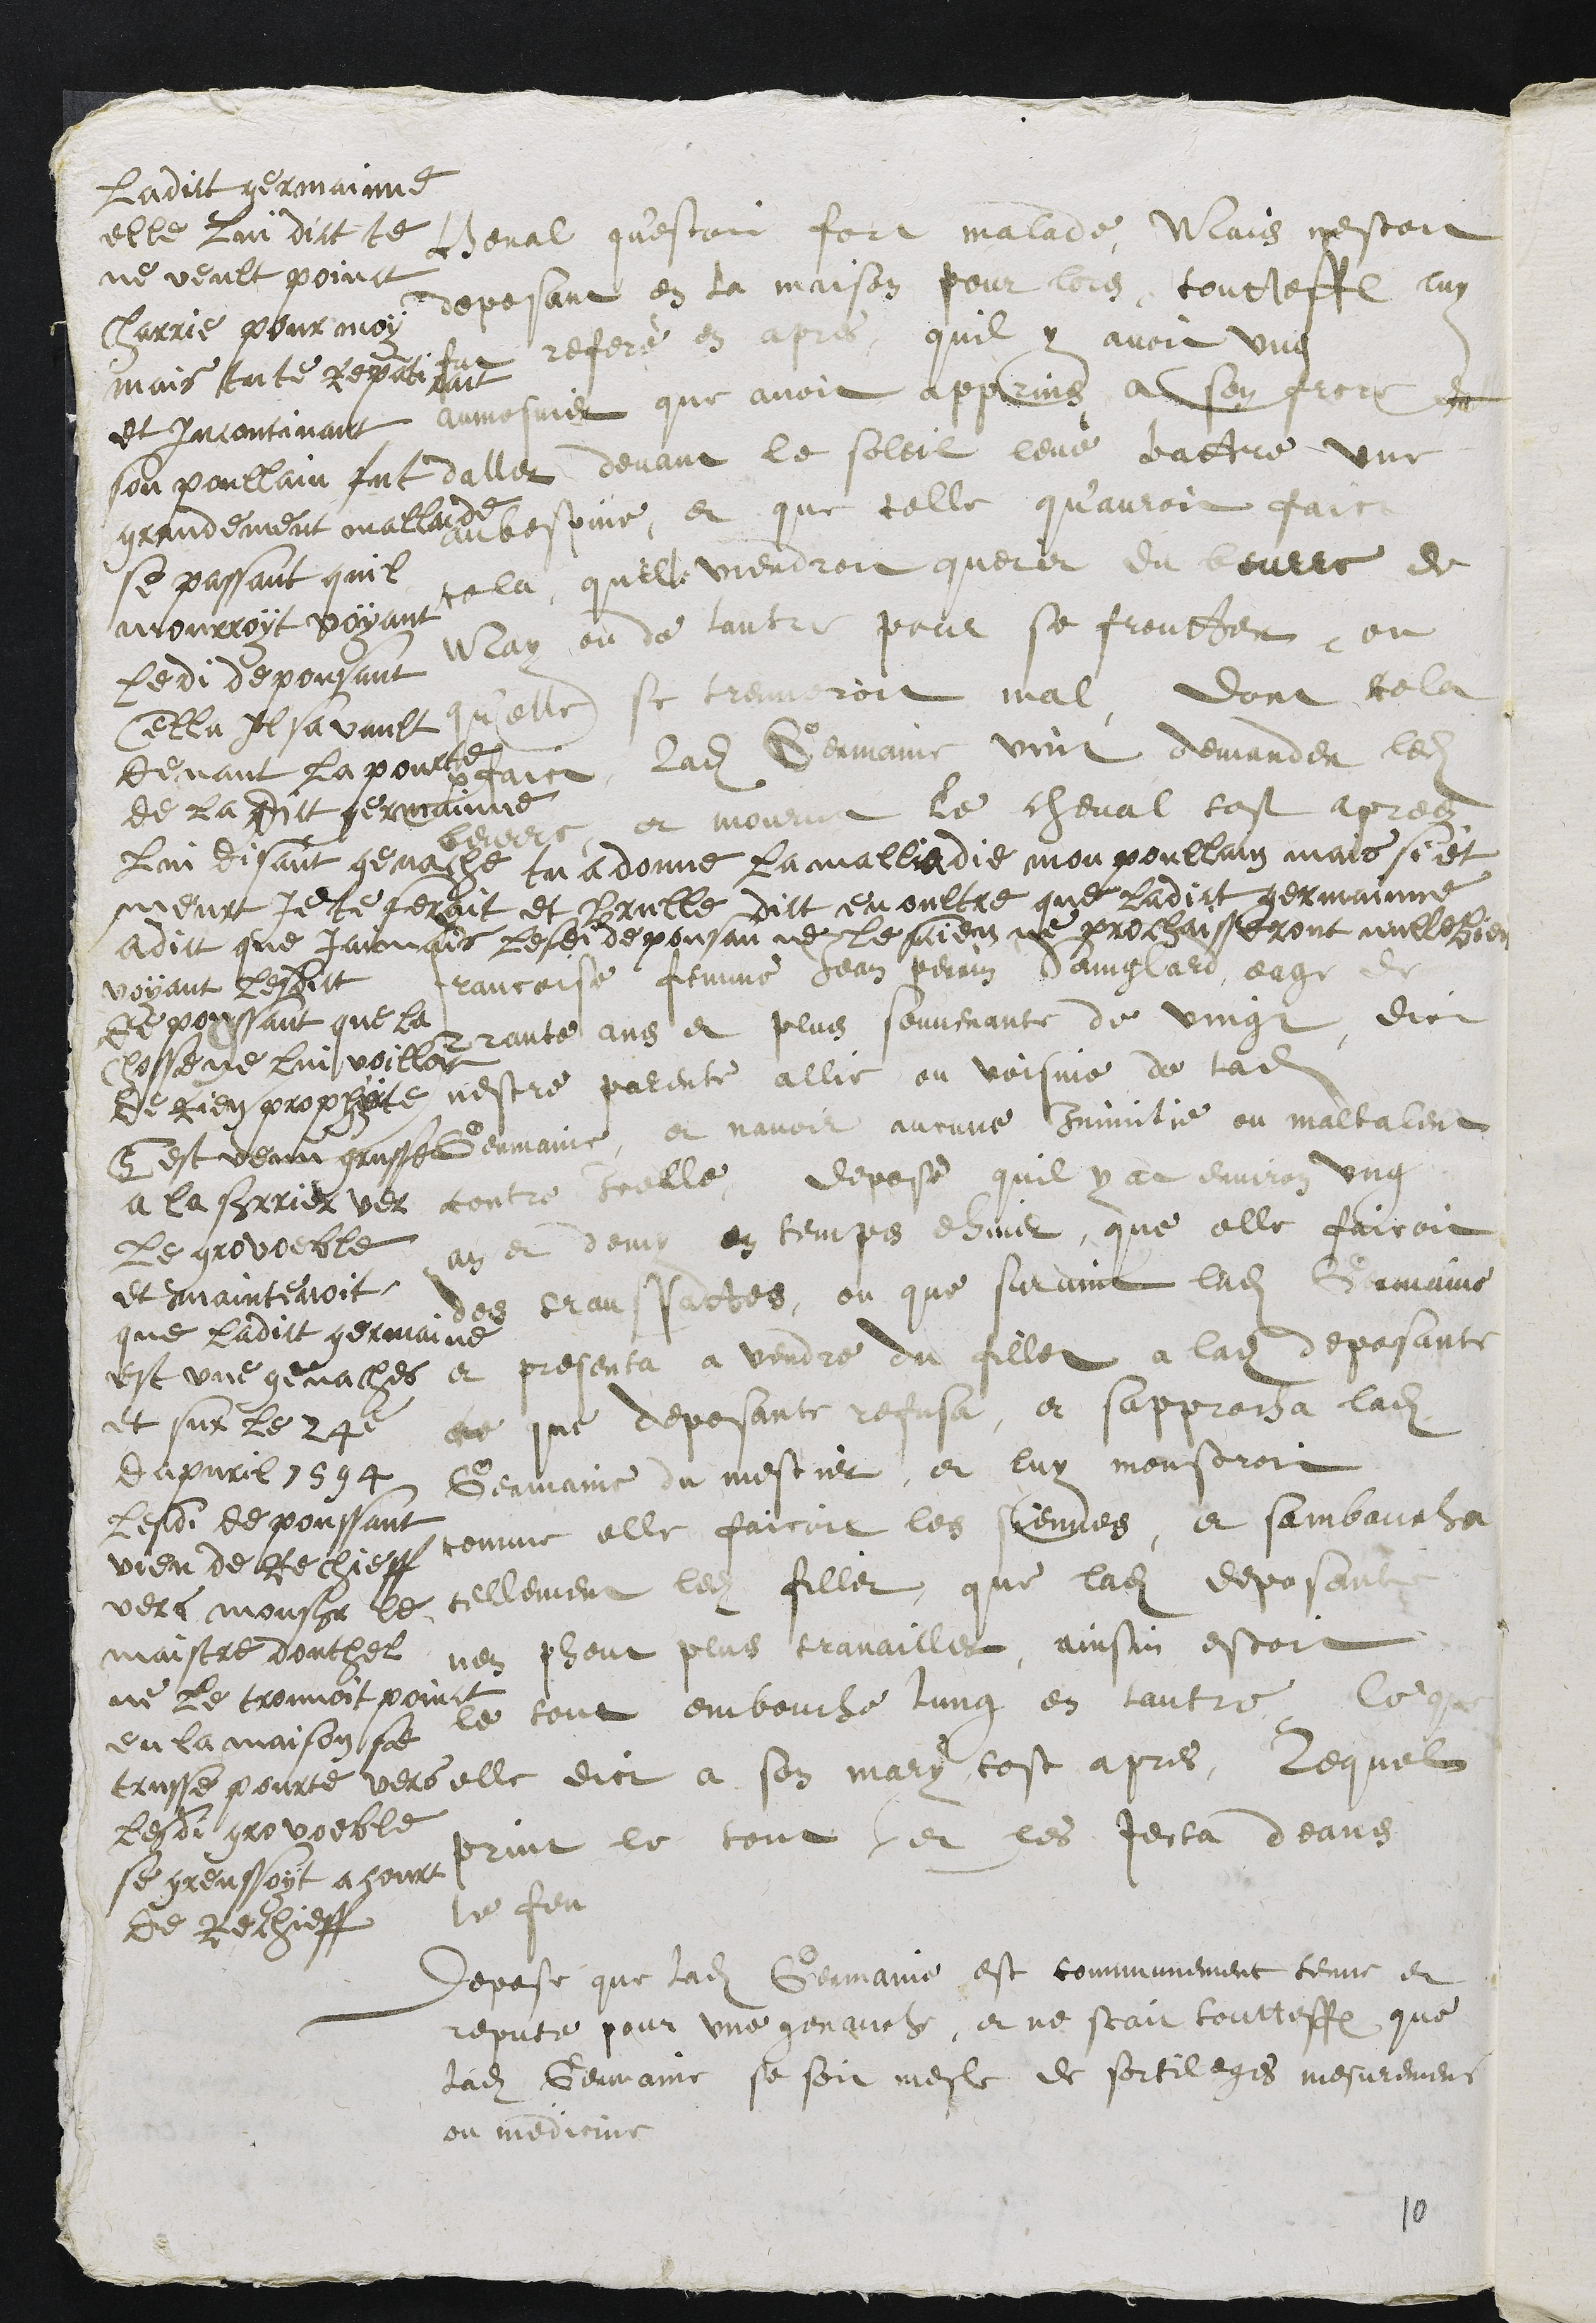
ladict germainne
elle Luy dict te
ne veult poinct
charrie pour moy
mais tu te repantira
et Incontinant
son poullain fut
grandement mallade
se passant quil
mourroit voyant
Ledi depousant
Cella Il sa vault
devant La pourte
de la dict germainne
lui disant genache tu a donne la malladie mon poullain mais si et
meurt je te feroit et brulle dict en oultre que ladict germainne
adict que Jamais Lesdi depousan ne lesrient ne prochaisseront nulle bien
voyant lesdict
depoussant que la
Chosse ne ne lui voilloit
de rien prophyte
Cest venu grusse
a la srrier ver
Le grovoeble
et maintenoit
que ladict germaine
est une genaches
et sur le 24e
dapvril 1594
Lesdi depoussant
vien de Rechieff
vers monsieur le
maistre douthel
ne le trouvoit poinct
en la maison se
trusse pourte vers
lesdi gro voeble
se greussoyt a court
de Rechieff
cheval qu'estoit fort malade, Mais nestoit
deposant en la maison pour lors toutteffois luy
fut referé en apres quil y avoit ung
aumosnier que avoit apprins a son frere de
daller devant le soleil levé battre une
aubespine, et que telle qu'auroit faict
cella quelle viendroit querir du beurre de
May ou de lautre pour se froutter ou
qu'elle se treuveroit mal, dont cela
parfaict ladite Germaine vint demander ledit
beurre, et mourut le cheval tost apres.
9
Francoise femme Jean Perrin Sainglard, eage de
Trante ans et plus souvenante de vingt, dict
nestre parente allie ou voisine de ladite
Germaine, et navoir aucune Inimitie ou maltalent
contre icelle, depose quil y at environ ung
an et demy en temps dhiver, que elle faicoit
des transsattes, ou que survint ladite Germaine
et presenta a vendre du fillet a ladite deposante
ce que deposante refusa, et sapprocha ladite
Germaine du mestier, et luy monstroit
comme elle faicoit les siennes, et samboucha
tellement ledit fillet, que ladite deposante
nen pheut plus travailler, ainsin estoit
le tout embouche lung en lautre, Ce que
elle dict a son mary tost apres, lequel
print le tout et les jecta deans
le feu
Depose que ladite Germaine est communement tenue et
reputé pour une genauche, et ne scait toutteffois que
ladite Germaine se soit mesle de sortileges mesuremens
ou medecine

10